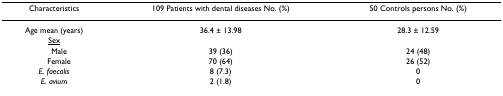
| Characteristics | 109 Patients with dental diseases No. (%) | 50 Controls persons No. (%) |
 | --- | --- | --- |
 | Age mean (years) | 36.4 ± 13.98 | 28.3 ± 12.59 |
 | <underline>Sex</underline> |  |  |
 | Male | 39 (36) | 24 (48) |
 | Female | 70 (64) | 26 (52) |
 | E. faecalis | 8 (7.3) | 0 |
 | E. avium | 2 (1.8) | 0 |